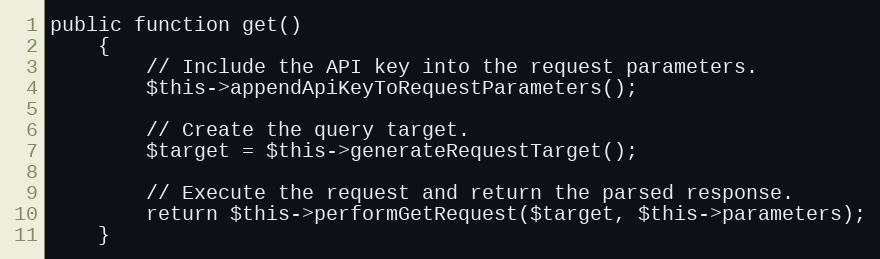
Language: PHP
public function get()
	{
		// Include the API key into the request parameters.
		$this->appendApiKeyToRequestParameters();

		// Create the query target.
		$target = $this->generateRequestTarget();

		// Execute the request and return the parsed response.
		return $this->performGetRequest($target, $this->parameters);
	}